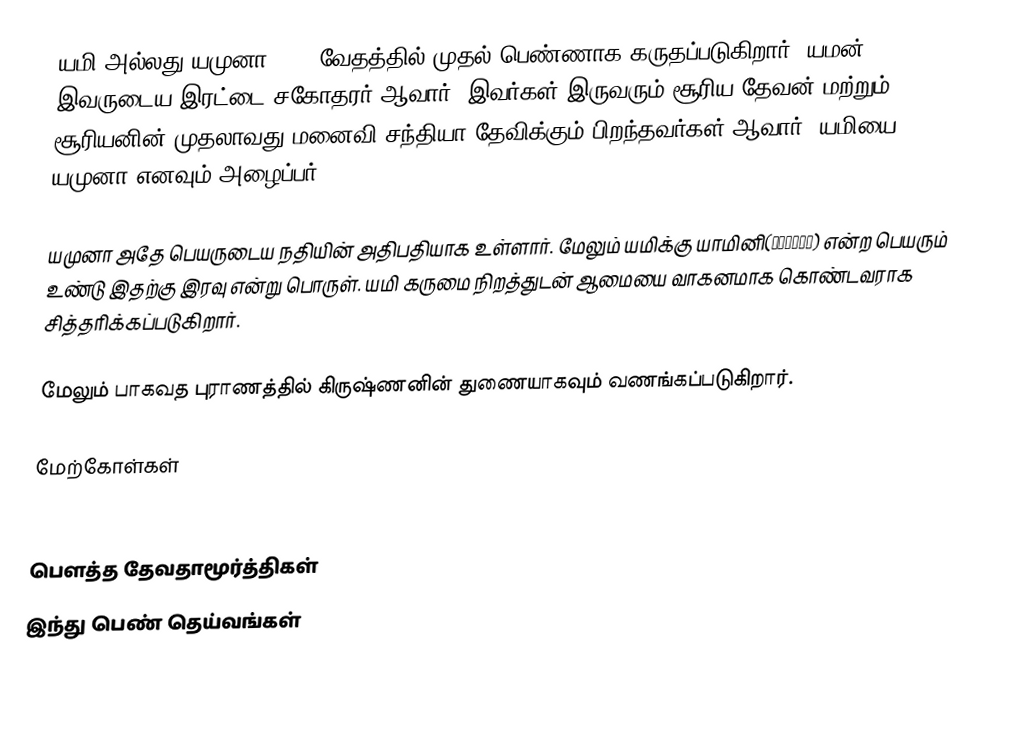
யமி அல்லது யமுனா(यमी) வேதத்தில் முதல் பெண்ணாக கருதப்படுகிறார். யமன் இவருடைய இரட்டை சகோதரர் ஆவார். இவர்கள் இருவரும் சூரிய தேவன் மற்றும் சூரியனின் முதலாவது மனைவி சந்தியா தேவிக்கும் பிறந்தவர்கள் ஆவார். யமியை யமுனா எனவும் அழைப்பர்.

யமுனா அதே பெயருடைய நதியின் அதிபதியாக உள்ளார். மேலும் யமிக்கு யாமினி(यामीनी) என்ற பெயரும் உண்டு இதற்கு இரவு என்று பொருள். யமி கருமை நிறத்துடன் ஆமையை வாகனமாக கொண்டவராக சித்தரிக்கப்படுகிறார்.

மேலும் பாகவத புராணத்தில் கிருஷ்ணனின் துணையாகவும் வணங்கப்படுகிறார்.

மேற்கோள்கள்
Dictionary of Hindu Lore and Legend () by Anna Dhallapiccola

பௌத்த தேவதாமூர்த்திகள்
இந்து பெண் தெய்வங்கள்